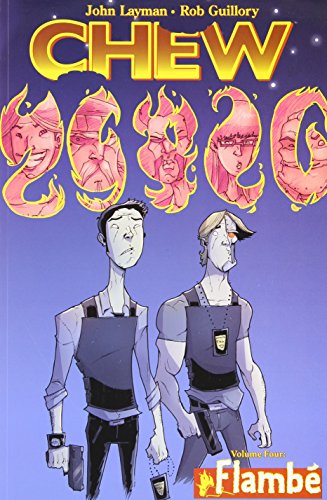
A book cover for Chew Volume 4: Flambe; John Layman; Comics & Graphic Novels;